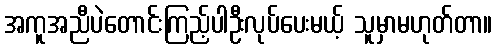
အကူအညီပဲတောင်းကြည့်ပါဦးလုပ်ပေးမယ့် သူမှာမဟုတ်တာ။